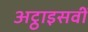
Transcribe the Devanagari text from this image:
अट्ठाइसवीं